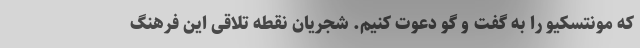
که مونتسکیو را به گفت و گو دعوت کنیم. شجریان نقطه تلاقی این فرهنگ